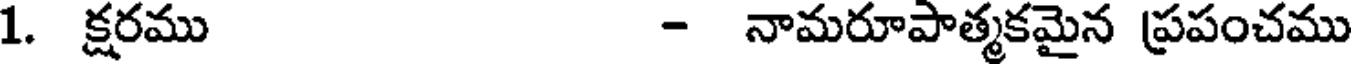
1. క్షరము - నామరూపాత్మకమైన ప్రపంచము